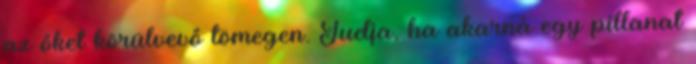
az őket körülvevő tömegen. Tudja, ha akarná egy pillanat